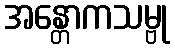
အန္တောကသမ္ဗု